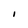
Character: I